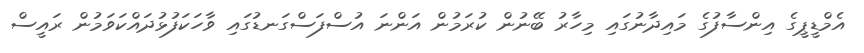
އެމްޑީޕީގެ އިންސާފުގެ މައިދާނުގައި މިހާރު ބޭނުން ކުރަމުން އަންނަ އުސްފަސްގަނޑުގައި ވާހަކަފުޅުދައްކަވަމުން ރައީސް